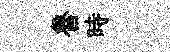
魯時